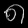
Digit: ၈